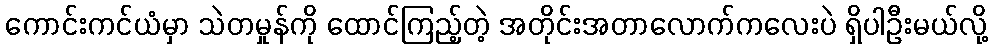
ကောင်းကင်ယံမှာ သဲတမှုန်ကို ထောင်ကြည့်တဲ့ အတိုင်းအတာလောက်ကလေးပဲ ရှိပါဦးမယ်လို့